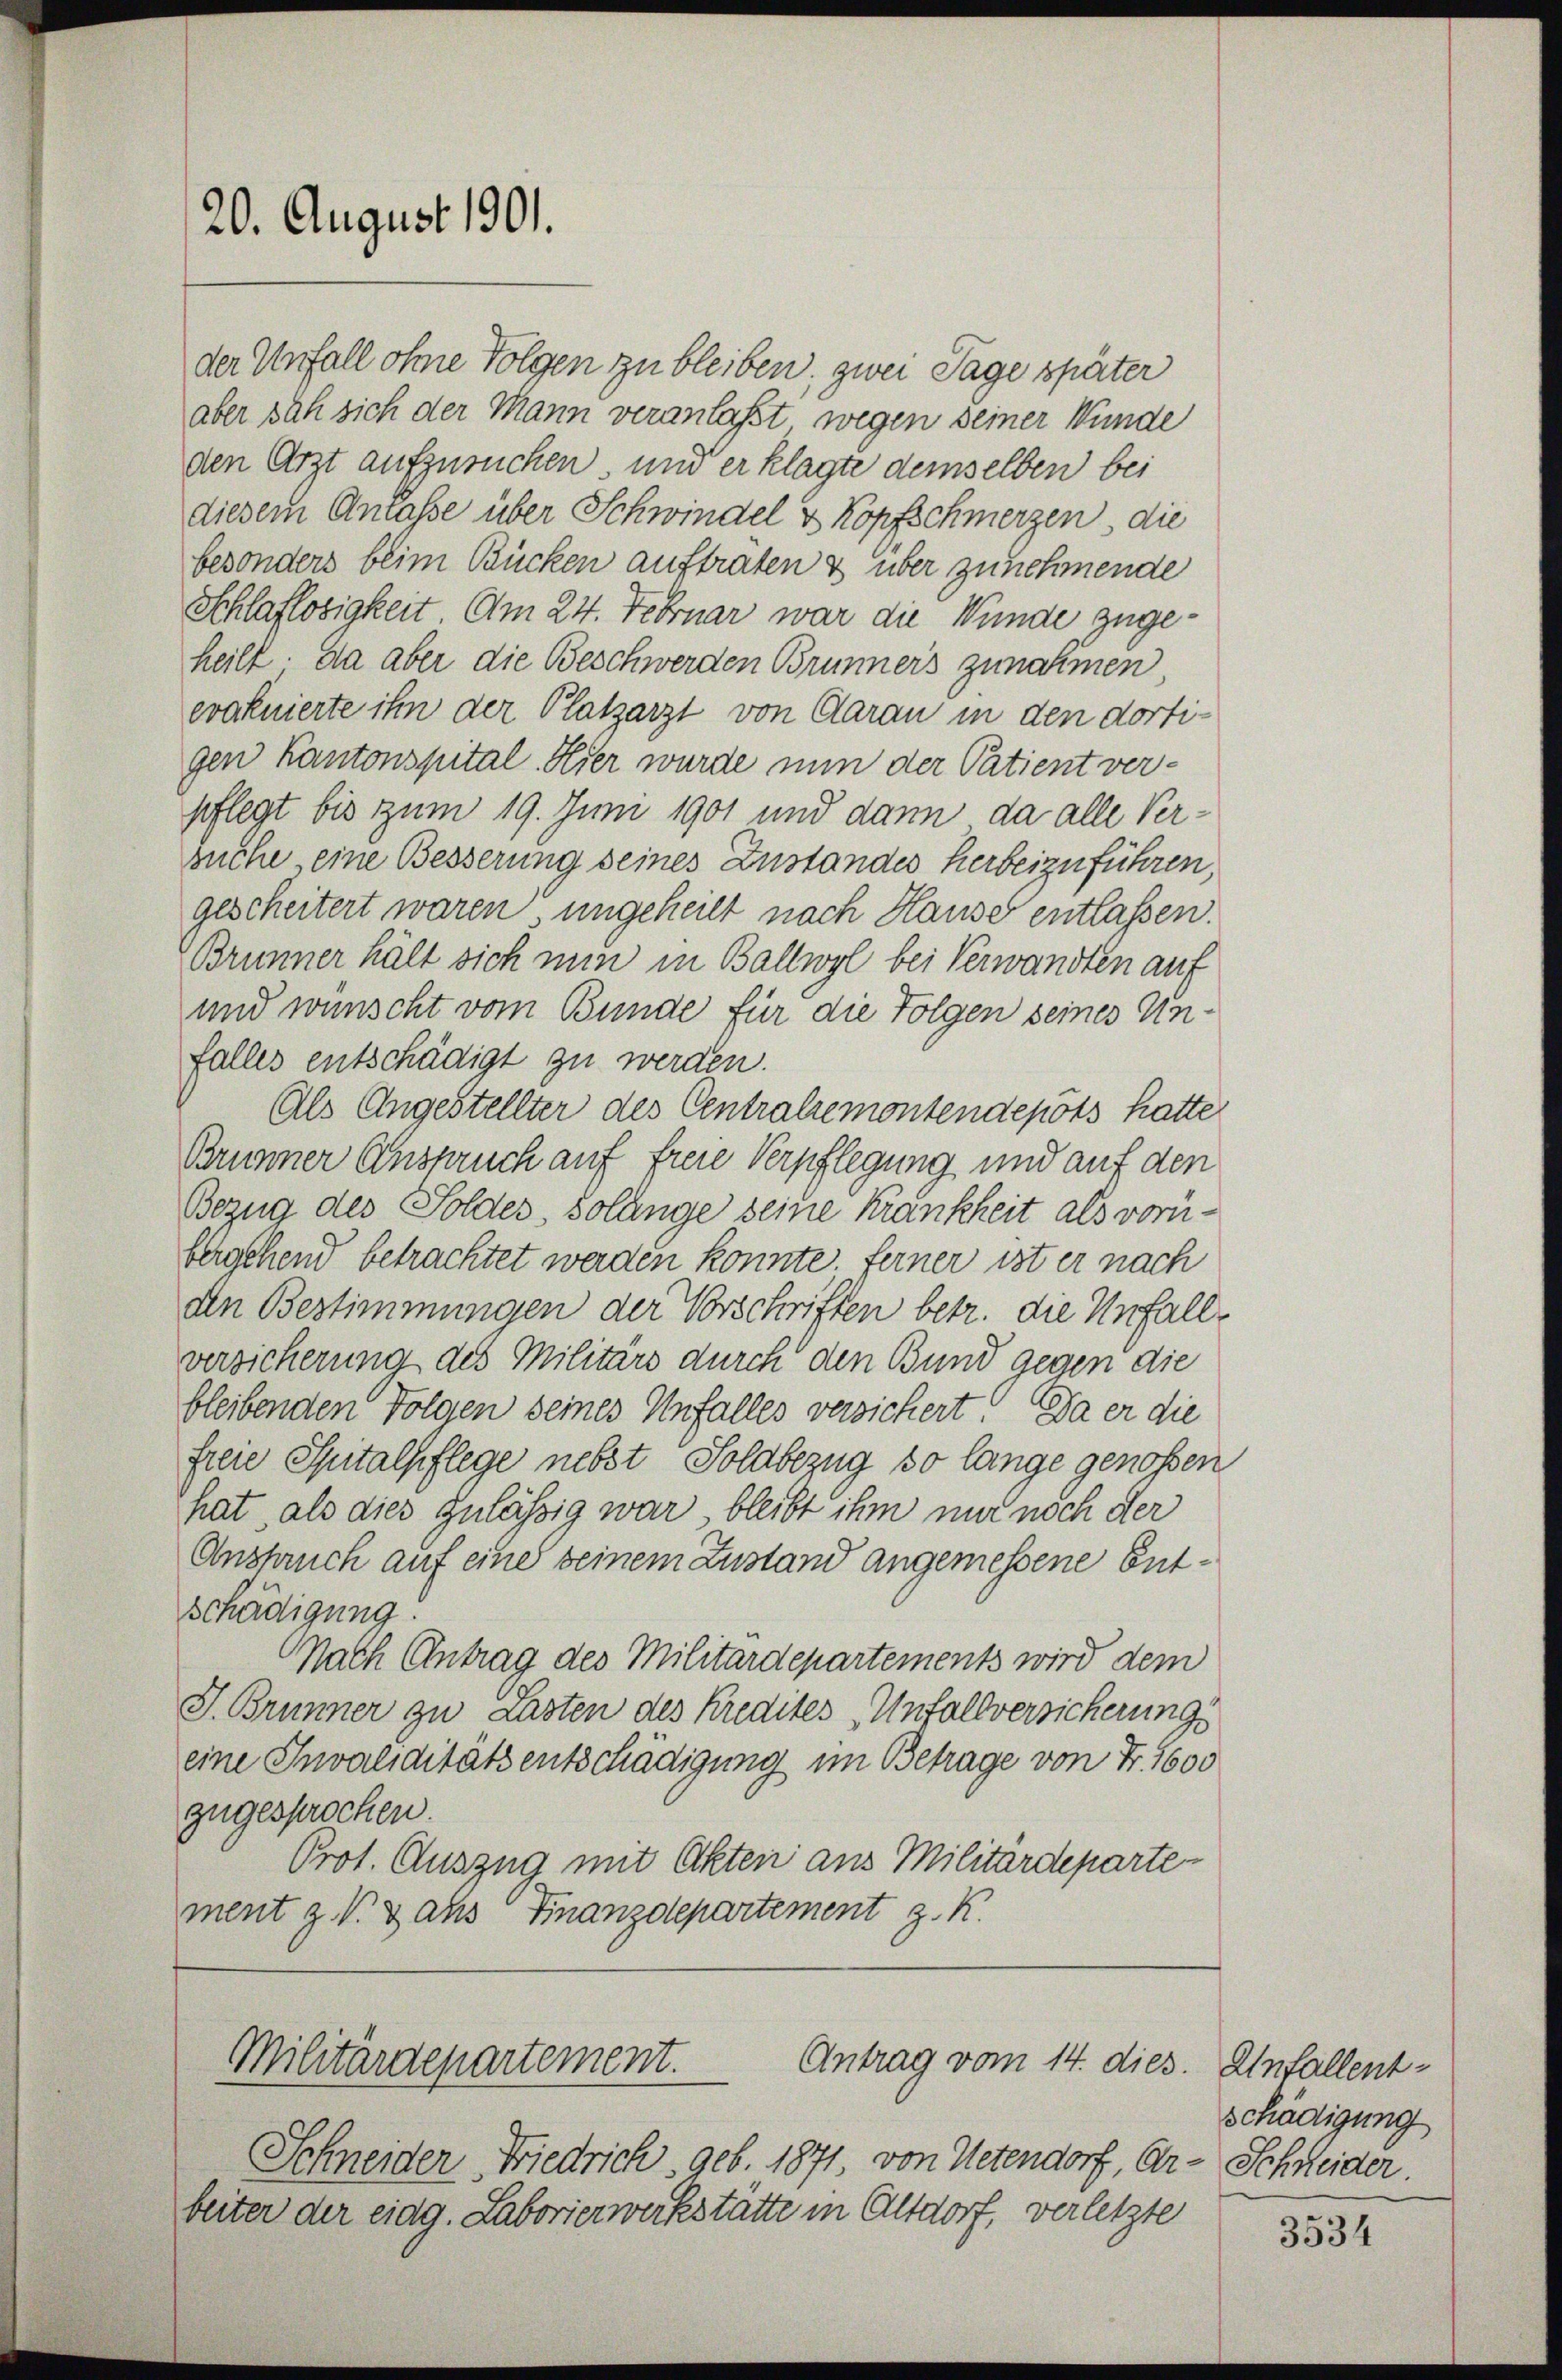
20. August 1901.

der Unfall ohne Folgen zu bleiben, zwei Tage später
aber sah sich der Mann veranlaßt wegen seiner Wunde
den Arzt aufzusuchen, und er klagte demselben bei
diesem Anlasse über Schwindel & Kopfschmerzen, die
besonders beim Bücken auftraten & über zunehmende
Schlaflosigkeit. Am 24. Februar war die Wunde zugeheilt. Da aber die Beschwerden Brunners zunahmen,
evakuierte ihn der Platzarzt von Aarau in den dortigen Kantonspital. Hier wurde nun der Patient ver-
pflegt bis zum 19. Juni 1901 und dann da alle Versuche, eine Besserung seines Zustandes herbeizuführen,
gescheitert waren ungeheilt nach Hause entlassen.
Brunner hält sich min in Ballwyl bei Verwandten auf
und wünscht vom Bunde für die Folgen seines Unfalles entschädigt zu werden.
Als Angestellter des Centralremontendepots hatte
Brunner Anspruch auf freie Verpflegung und auf den
Bezug des Soldes, sollinge seine Krankheit als vorübergehend betrachtet werden konnte. Ferner ist er nach
den Bestimmungen der Vorschriften betr. die Unfalle
versicherung des Militärs durch den Bund gegen die
bleibenden Folgen seines Unfalles versichert. Da er die
freie Spitalpflege nebst Soldbezug so lange genossen
hat, als dies zulässig war bleibt ihm nur noch der
Anspruch auf eine seinem Zustand angemessene Entschädigung.
Nach Antrag des Militärdepartements wird dem
J. Brunner zu Lasten des Kredites Unfallversicherungs
eine Invaliditätsentschädigung im Betrage von Fr. 1600
zugesprochen.
Prot. Auszug mit Akten aus Militärdeparte-
ment z. V. Dans Finanzdepartement z. K.

Antrag vom 14. dies.
Militärdepartement.

Schneider Friedrich, geb. 1871, von Uetendorf, Ur- Schneider.
beiter der eidg. Laborierwerkstätte in Altdorf, verletzte

Unfall(...)
schädigung

3534